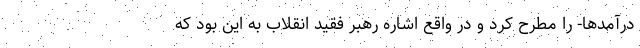
درآمدها- را مطرح کرد و در واقع اشاره رهبر فقید انقلاب به این بود که